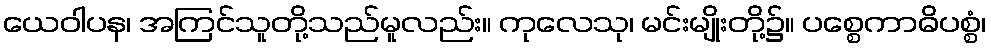
ယေဝါပန၊ အကြင်သူတို့သည်မူလည်း။ ကုလေသု၊ မင်းမျိုးတို့၌။ ပစ္စေကာဓိပစ္စံ၊